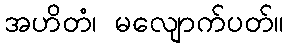
အဟိတံ၊ မလျောက်ပတ်။